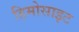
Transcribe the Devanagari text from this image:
हिमोसाइट